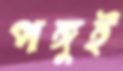
পঙ্গুই